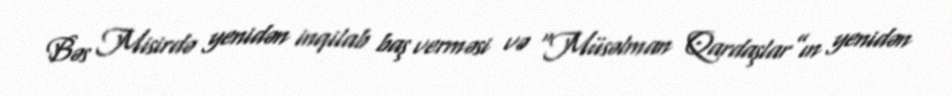
Bəs Misirdə yenidən inqilab baş verməsi və “Müsəlman Qardaşlar”ın yenidən